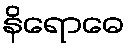
နိရောဓေ